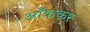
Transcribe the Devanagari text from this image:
आँककर